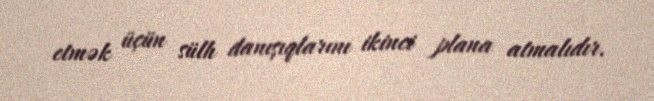
etmək üçün sülh danışıqlarını ikinci plana atmalıdır.